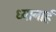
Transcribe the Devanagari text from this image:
ध्यानार्ह